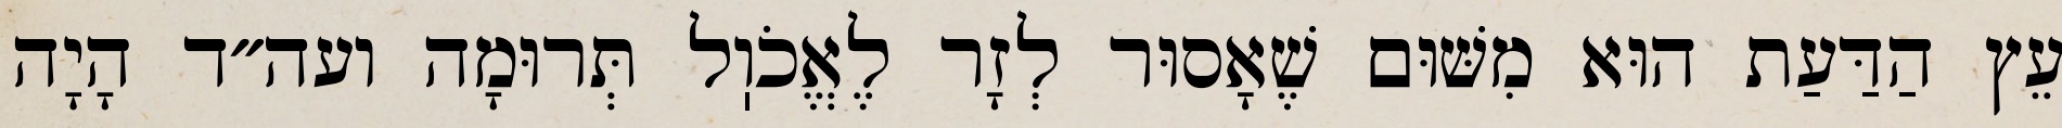
עֵץ הַדַּעַת הוּא מִשּׁוּם שֶׁאָסוּר לְזָר לֶאֱכֹוֽל תְּרוּמָה ועה״ד הָיָה